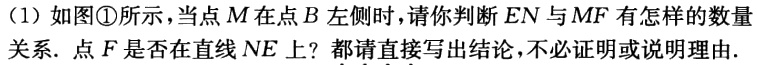
(1) 如图\textcircled{1}所示，当点\(M\)在点\(B\)左侧时，请你判断\(EN\)与\(MF\)有怎样的数量关系. 点\(F\)是否在直线\(NE\)上？都请直接写出结论，不必证明或说明理由.